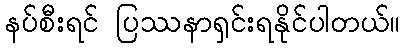
နပ်စီးရင် ပြဿနာရှင်းရနိုင်ပါတယ်။